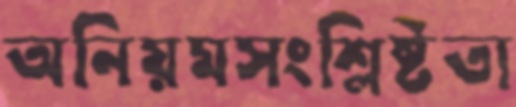
অনিয়মসংশ্লিষ্টতা